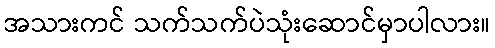
အသားကင် သက်သက်ပဲသုံးဆောင်မှာပါလား။